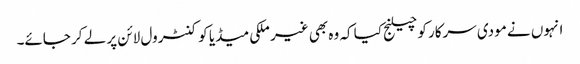
انہوں نے مودی سرکار کو چیلنج کیا کہ وہ بھی غیر ملکی میڈیا کو کنٹرول لائن پر لے کر جائے۔